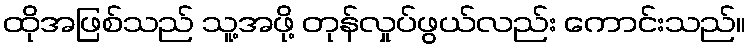
ထိုအဖြစ်သည် သူ့အဖို့ တုန်လှုပ်ဖွယ်လည်း ကောင်းသည်။